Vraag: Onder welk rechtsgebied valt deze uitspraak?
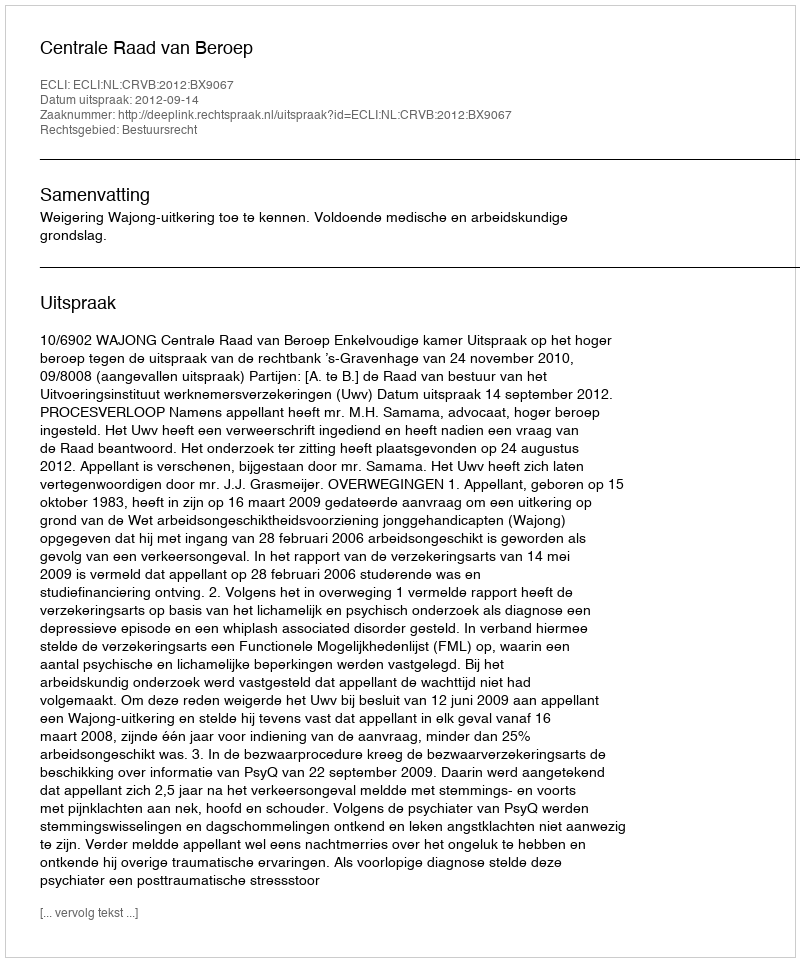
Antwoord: Bestuursrecht